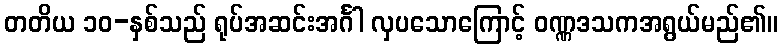
တတိယ ၁၀-နှစ်သည် ရုပ်အဆင်းအင်္ဂါ လှပသောကြောင့် ဝဏ္ဏဒသကအရွယ်မည်၏။